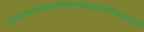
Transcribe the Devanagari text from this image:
सद्बांधवस्यापिदयाभिभूतास्तेषांतुतीर्थानिफलप्रदानि